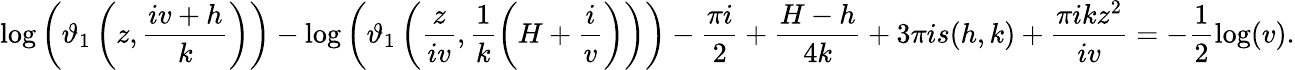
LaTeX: \log\left(\vartheta_{1}\left(z,\frac{iv+h}{k}\right)\right)-\log\left(\vartheta_{1}\left(\frac{z}{iv},\frac{1}{k}\left(H+\frac{i}{v}\right)\right)\right)-\frac{\pi i}{2}+\frac{H-h}{4k}+3\pi is(h,k)+\frac{\pi ikz^{2}}{iv}=-\frac{1}{2}\log(v).